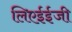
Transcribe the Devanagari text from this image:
लिएईईजी